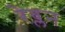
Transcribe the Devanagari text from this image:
रेव्लन